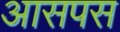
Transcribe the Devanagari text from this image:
आसपस